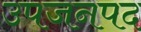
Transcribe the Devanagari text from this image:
उपजनपद